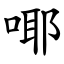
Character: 㖿